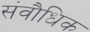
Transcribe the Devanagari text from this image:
संवौधिक